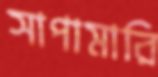
সাপামারি